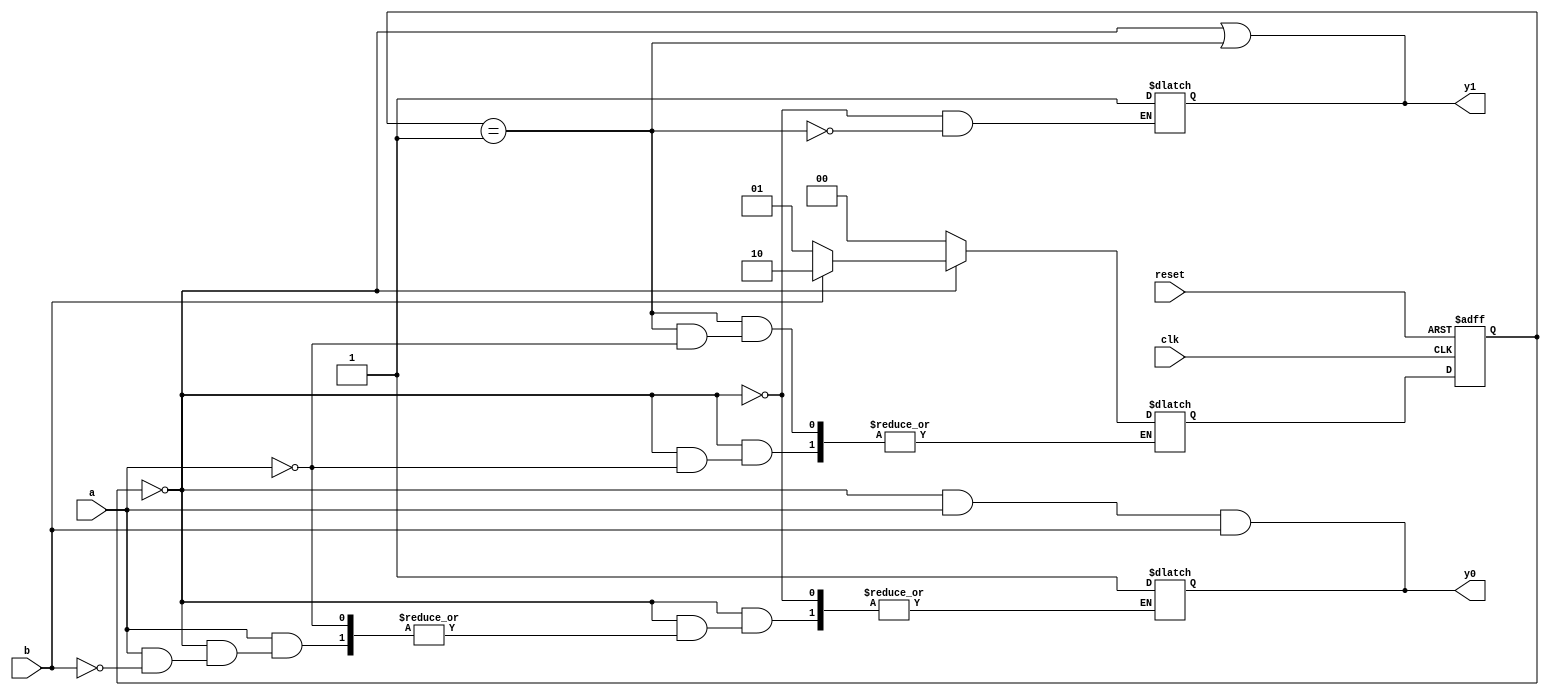
module example_fsm(clk, reset, a, b, y0, y1);

input clk, reset;
input a,b;
output reg y0, y1;


parameter [1:0]    s0 = 2'b00,
                    s1 = 2'b01,
                    s2 = 2'b10;

reg [1:0] state_reg, state_next;

always @(posedge clk or posedge reset) begin
    if(reset)
        state_reg <= s0;
    else
        state_reg <= state_next;
end

always @* begin
    case(state_reg)
        s0: begin
                y1 = 1'b1;
                if (a)
                    if(b)
                        begin
                            state_next = s2;
                            y0 = 1'b1;
                        end
                    else
                        state_next = s1;
        end
        s1: begin
                y1 = 1'b1;
                if(a)
                    state_next = s0;
            end
        s2: state_next = s0;
        default: state_next = s0;
    endcase
end

assign y1 = (state_reg==s0) || (state_reg == s1);
assign y0 = (state_reg==s0) & a & b;
endmodule